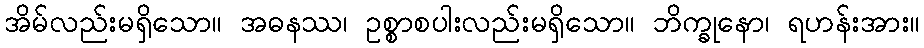
အိမ်လည်းမရှိသော။ အဓနဿ၊ ဥစ္စာစပါးလည်းမရှိသော။ ဘိက္ခုနော၊ ရဟန်းအား။